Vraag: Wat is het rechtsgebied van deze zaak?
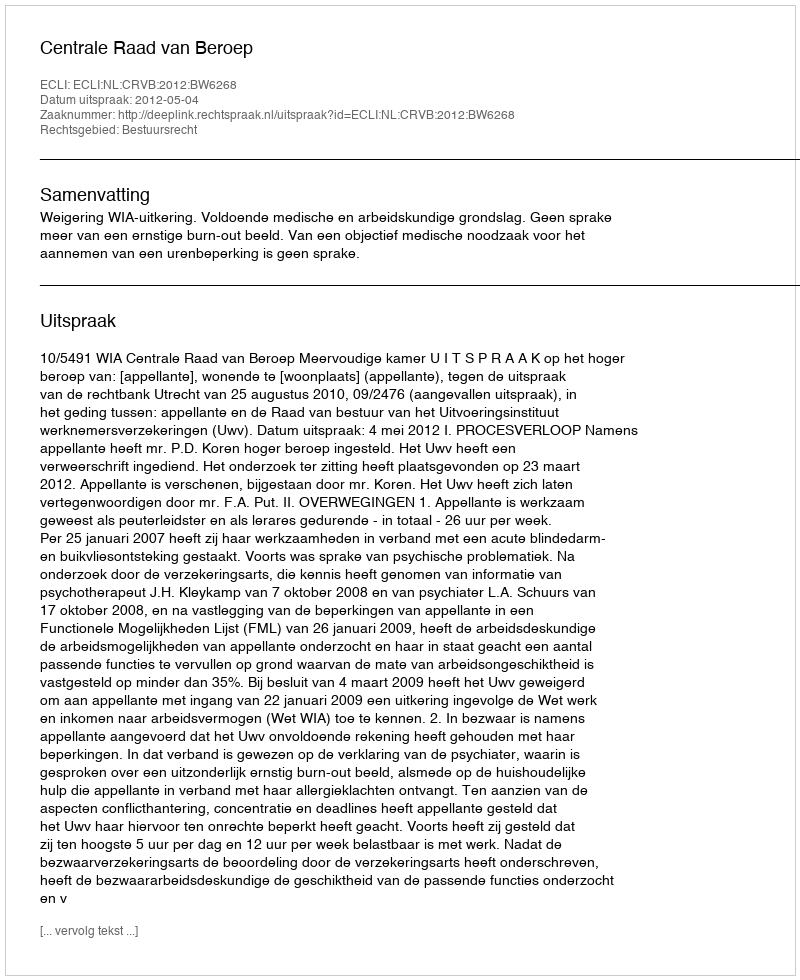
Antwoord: Bestuursrecht